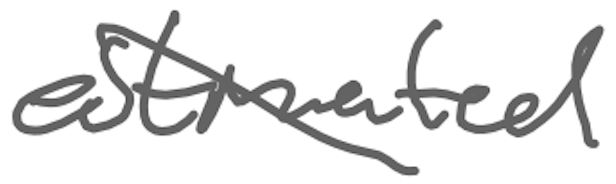
Text: estimated
Cross-out: diagonal
Writing tool: digital_gray